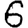
Digit: 6